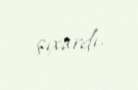
çıxardı.